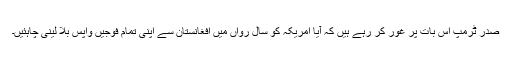
صدر ٹرمپ اس بات پر غور کر رہے ہیں کہ آیا امریکہ کو سال رواں میں افغانستان سے اپنی تمام فوجیں واپس بلا لینی چاہئیں۔